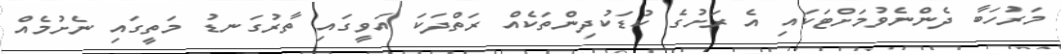
މަރުހަބާ ދެންނެވުމަށްޓަކައި އެ ރަށުގެ ކުޑަކުދިންތަކެއް ރަތްދަކަ އަވީގައި ތާރުގަނޑު މަތީގައި ނެށުމެއް